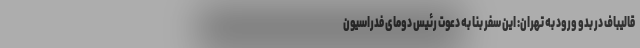
قالیباف در بدو ورود به تهران: این سفر بنا به دعوت رئیس دومای فدراسیون